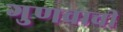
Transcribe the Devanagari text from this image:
गुणवाची